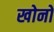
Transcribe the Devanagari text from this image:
खोनों